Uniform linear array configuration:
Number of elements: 16
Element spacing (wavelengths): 0.25
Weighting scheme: kaiser
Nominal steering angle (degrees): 0
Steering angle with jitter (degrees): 0.8117
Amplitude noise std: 0.05
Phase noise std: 0.05

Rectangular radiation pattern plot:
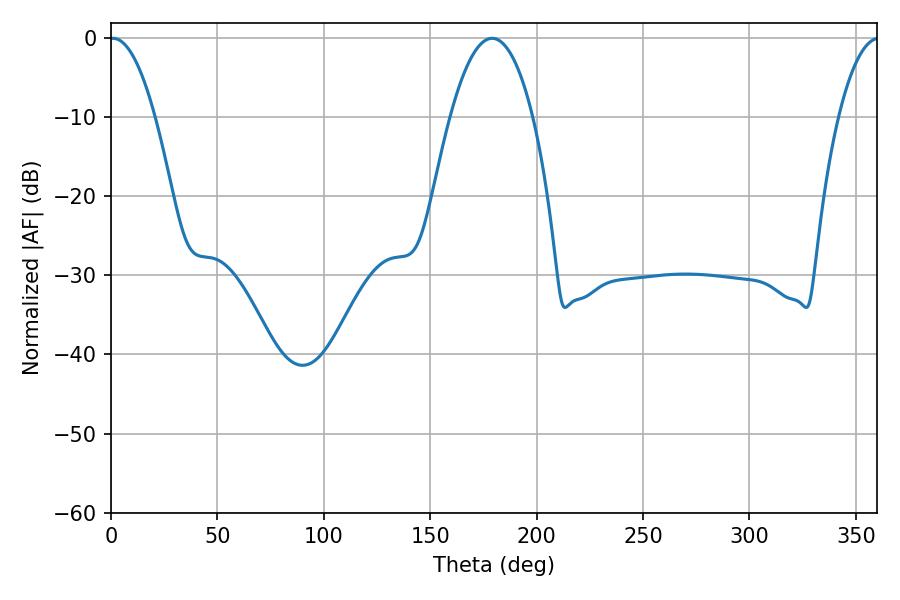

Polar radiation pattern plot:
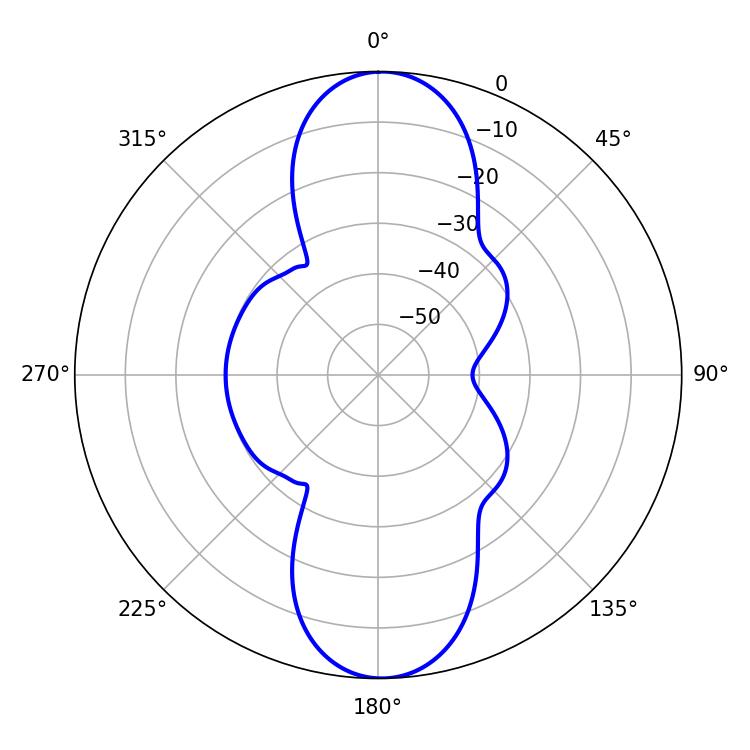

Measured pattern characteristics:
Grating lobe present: FALSE
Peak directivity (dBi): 20.928
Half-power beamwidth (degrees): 11.7
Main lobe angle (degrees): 0.9